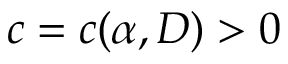
c = c ( \alpha , D ) > 0